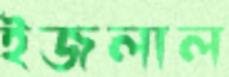
ইজলাল